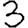
Digit: 3